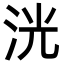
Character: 洸